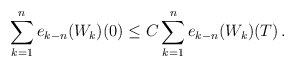
\begin{align*}\sum_{k=1}^n e_{k-n}(W_k)(0) \le C \sum_{k=1}^n e_{k-n}(W_k)(T) \,.\end{align*}